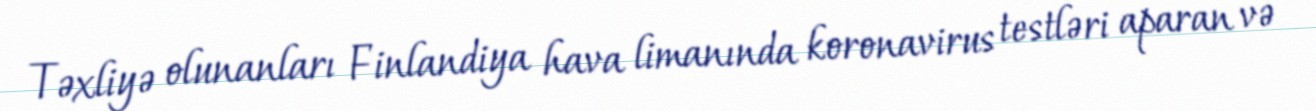
Təxliyə olunanları Finlandiya hava limanında koronavirus testləri aparan və